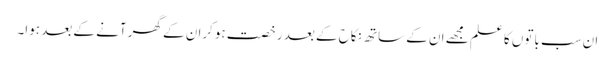
ان سب باتوں کا علم مجھے ان کے ساتھ نکاح کے بعد رخصت ہوکران کے گھر آنے کے بعد ہوا۔